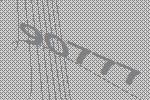
90777